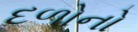
દળોનો